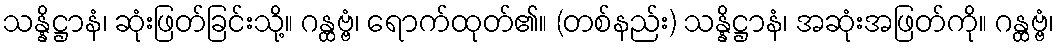
သန္နိဋ္ဌာနံ၊ ဆုံးဖြတ်ခြင်းသို့။ ဂန္ထဗ္ဗံ၊ ရောက်ထုတ်၏။ (တစ်နည်း) သန္နိဋ္ဌာနံ၊ အဆုံးအဖြတ်ကို။ ဂန္ထဗ္ဗံ၊